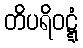
တိပရိဝဋ္ဋံ